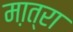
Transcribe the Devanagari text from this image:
मा़त्रा